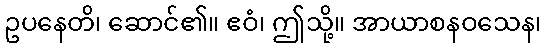
ဥပနေတိ၊ ဆောင်၏။ ဧဝံ၊ ဤသို့။ အာယာစနဝသေန၊